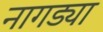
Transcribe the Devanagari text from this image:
नागड्या